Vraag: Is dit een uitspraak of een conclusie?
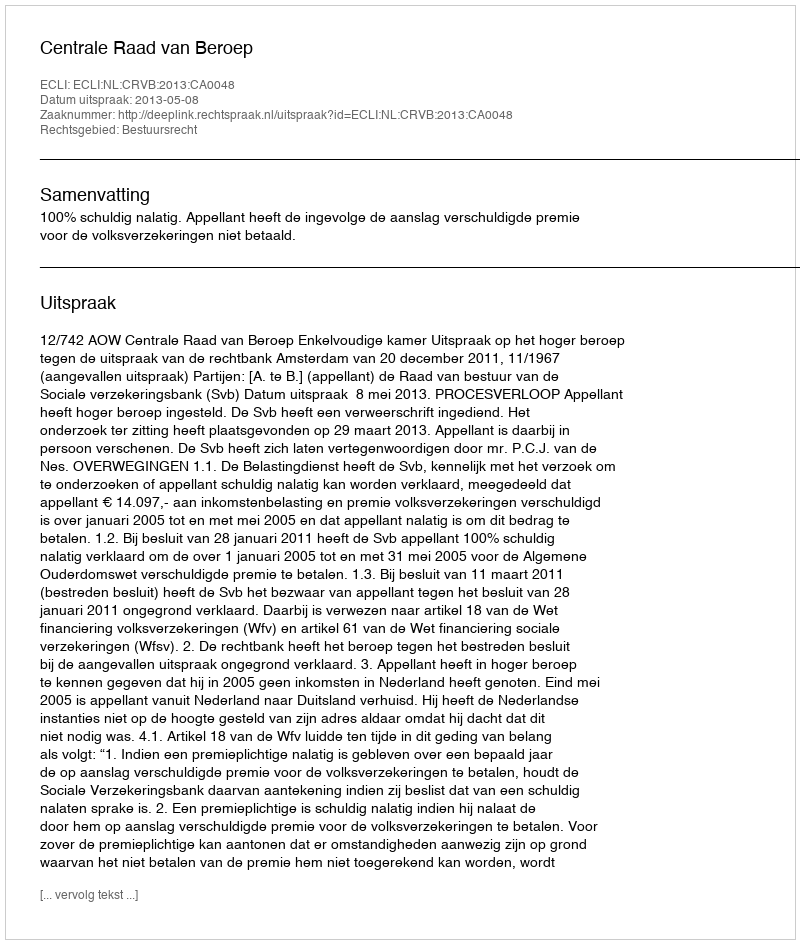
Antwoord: Uitspraak